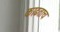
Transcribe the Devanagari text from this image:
काढताच